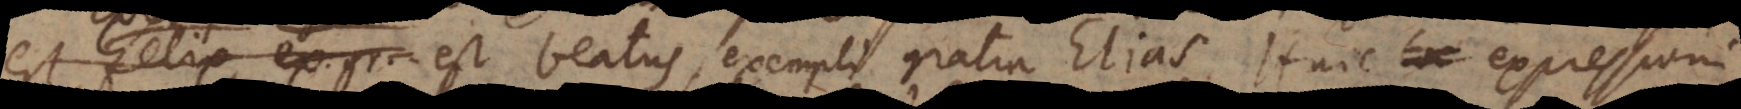
est felix, ex. gr. est beatus, exempli gratia Elias. Huic expressioni